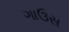
ગાઉસ